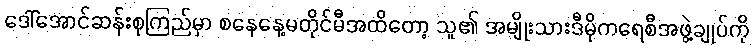
ဒေါ်အောင်ဆန်းစုကြည်မှာ စနေနေ့မတိုင်မီအထိတော့ သူ၏ အမျိုးသားဒီမိုကရေစီအဖွဲ့ချုပ်ကို